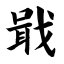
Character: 戢